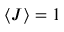
\langle J \rangle = 1